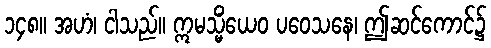
၁၄၈။ အဟံ၊ ငါသည်။ ဣမသ္မိံယေဝ ပဝေသနေ၊ ဤဆင်ကောင်၌